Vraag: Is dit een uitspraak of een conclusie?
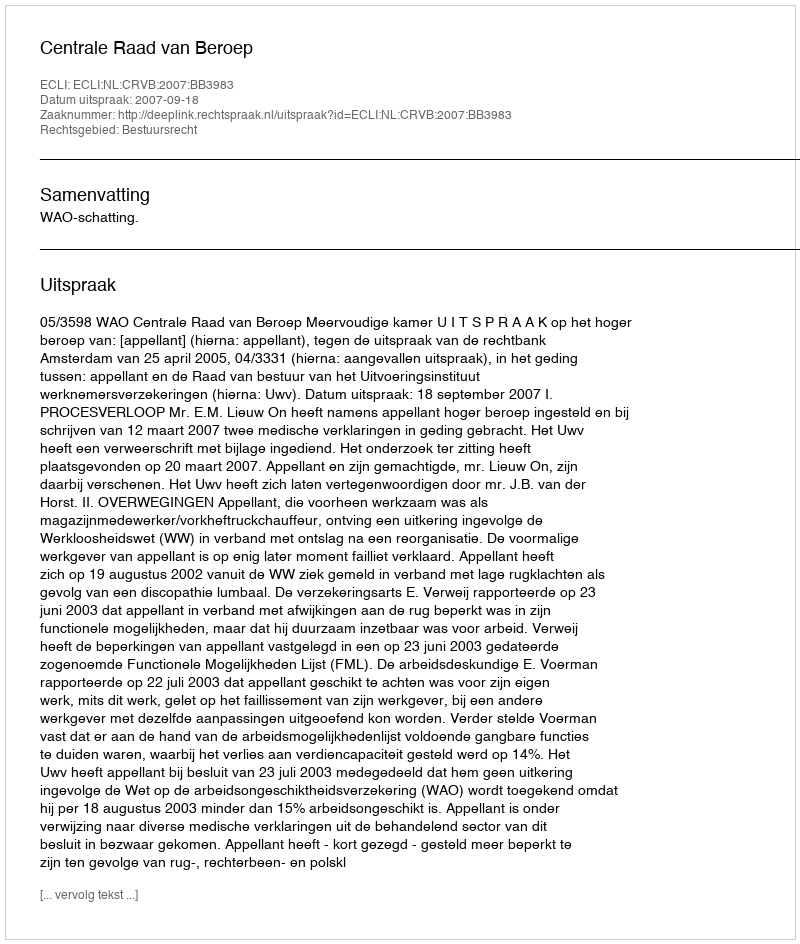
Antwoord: Uitspraak